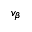
v _ { \beta }